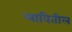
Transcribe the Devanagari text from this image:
लावितील